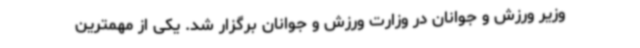
وزیر ورزش و جوانان در وزارت ورزش و جوانان برگزار شد. یکی از مهمترین